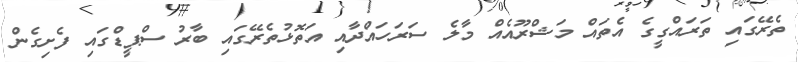
ތެރޭގައި ތަރައްގީގެ އެތައް މަޝްރޫއެއް މާލެ ސަރަހައްދާއި އަތޮޅުތެރޭގައި ބާރު ސްޕީޑްގައި ފެށިގެން